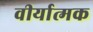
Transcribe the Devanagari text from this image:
वीर्यात्मक